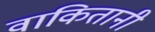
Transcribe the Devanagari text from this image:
वाकितानी